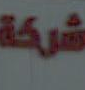
شركة